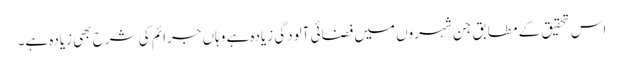
اس تحقیق کے مطابق جن شہروں میں فضائی آلودگی زیادہ ہے وہاں جرائم کی شرح بھی زیادہ ہے۔